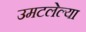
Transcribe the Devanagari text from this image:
उमटलेल्या